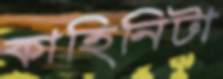
কাহিনিটা